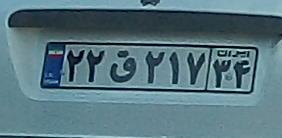
۲۲ق۲۱۷۳۴